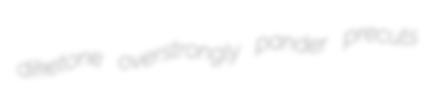
diketone overstrongly pander precuts